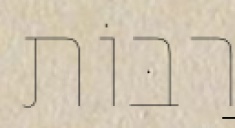
רַבּוֹת